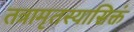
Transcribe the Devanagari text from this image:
तत्रामृतस्यासिक्तं